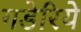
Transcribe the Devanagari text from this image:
गडेरिये